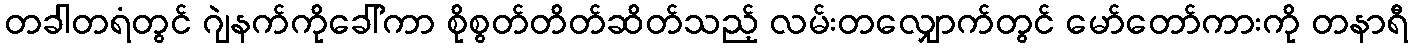
တခါတရံတွင် ဂျဲနက်ကိုခေါ်ကာ စိုစွတ်တိတ်ဆိတ်သည့် လမ်းတလျှောက်တွင် မော်တော်ကားကို တနာရီ